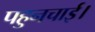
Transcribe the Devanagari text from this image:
पहुनचाई।